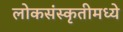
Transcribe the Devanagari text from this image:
लोकसंस्कृतीमध्ये